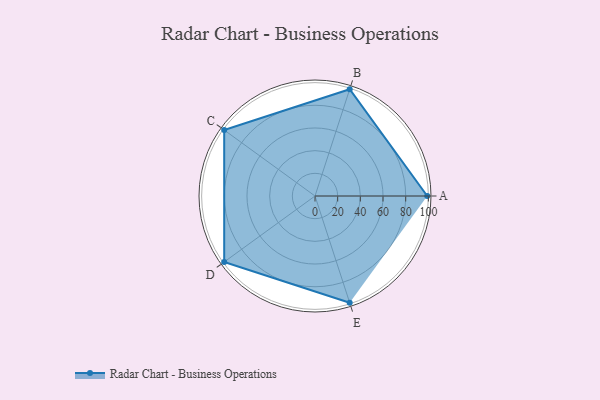
{"axis": {"x": "Skill", "y": "Score"}, "legend": ["Profile"], "data": [{"x": "A", "y": 99, "type": "Profile"}, {"x": "B", "y": 99, "type": "Profile"}, {"x": "C", "y": 99, "type": "Profile"}, {"x": "D", "y": 99, "type": "Profile"}, {"x": "E", "y": 99, "type": "Profile"}]}